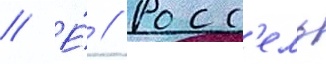
// Е́ // Росс'ель